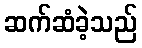
ဆက်ဆံခဲ့သည်